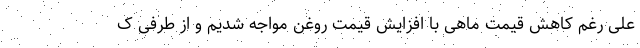
علی رغم کاهش قیمت ماهی با افزایش قیمت روغن مواجه شدیم و از طرفی ک